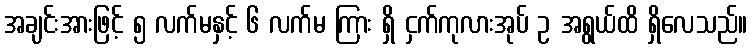
အချင်းအားဖြင့် ၅ လက်မနှင့် ၆ လက်မ ကြား ရှိ ငှက်ကုလားအုပ် ဥ အရွယ်ထိ ရှိလေသည်။